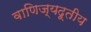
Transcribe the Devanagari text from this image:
वाणिज्यदूतीय